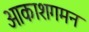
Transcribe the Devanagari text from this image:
आकाशगमन